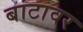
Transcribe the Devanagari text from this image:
बाटावर